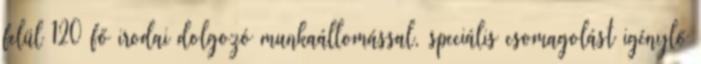
felül 120 fő irodai dolgozó munkaállomással, speciális csomagolást igénylő